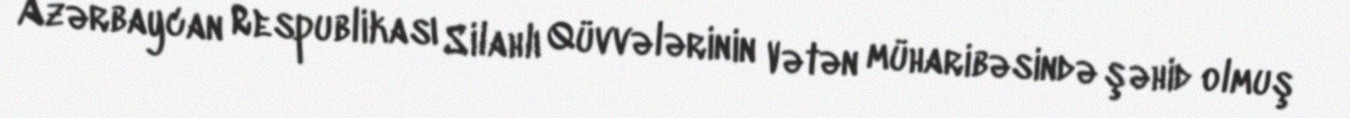
Azərbaycan Respublikası Silahlı Qüvvələrinin Vətən müharibəsində şəhid olmuş